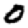
Digit: 0